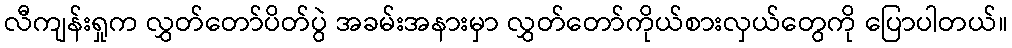
လီကျန်းရှုက လွှတ်တော်ပိတ်ပွဲ အခမ်းအနားမှာ လွှတ်တော်ကိုယ်စားလှယ်တွေကို ပြောပါတယ်။